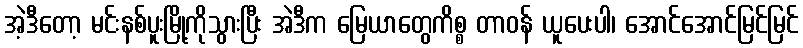
အဲ့ဒီတော့ မင်းနစ်ပူးမြို့ကိုသွားပြီး အဲဒီက မြေယာတွေကိစ္စ တာဝန် ယူပေးပါ၊ အောင်အောင်မြင်မြင်